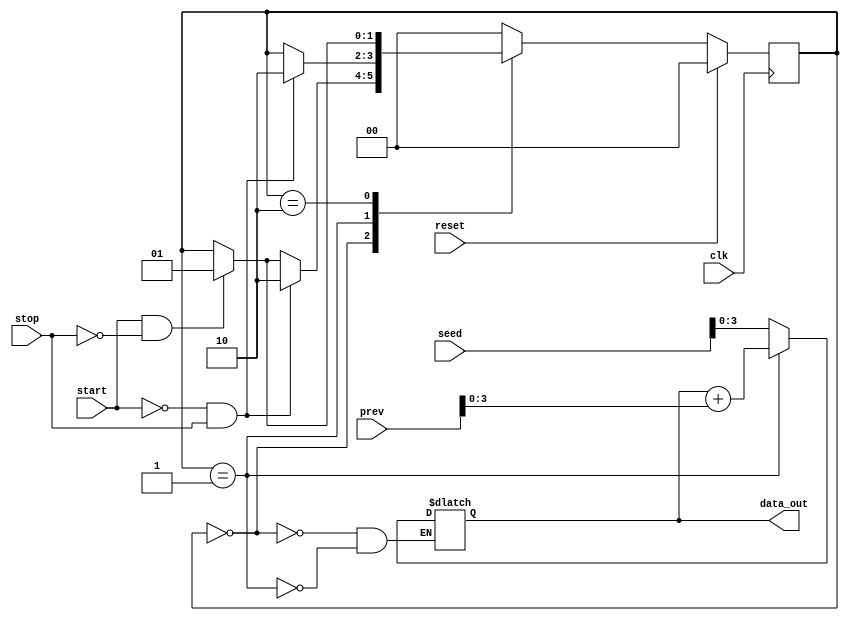
`timescale 1ns / 1ps
//////////////////////////////////////////////////////////////////////////////////
// Company: 
// Engineer: 
// 
// Design Name: 
// Module Name: fsm
// Project Name: 
// Target Devices: 
// Tool Versions: 
// Description: 
// 
// Dependencies: 
// 
// Revision:
// Revision 0.01 - File Created
// Additional Comments:
// 
//////////////////////////////////////////////////////////////////////////////////


module fsm(
    input start,
    input stop,
    input clk,
    input reset,
    input [11:0] seed,
    input [11:0] prev,
    output reg [3:0] data_out
    );
    
    reg [1:0] state, state_next;
    
    localparam IDLE = 2'b00;
    localparam SUM = 2'b01;
    localparam STOP = 2'b10;
    
    always@(posedge clk) begin
        if(reset)
            state <= IDLE;
        else
            state <= state_next;
    end
    
    always@(*) begin
        state_next = state;
        case(state)
            IDLE: begin
                if(start == 0 & stop == 1)
                    state_next = STOP;
                else if(start == 1 & stop == 0)
                    state_next = SUM;
                data_out = seed[3:0];
            end
            SUM: begin
                if(start == 0 & stop == 1)
                    state_next = STOP;
                data_out = data_out + prev[3:0];
            end
            STOP: begin
                if(start == 1 & stop == 0)
                    state_next = SUM;
                data_out = data_out;
            end
            default: state_next <= IDLE;
        endcase
    end
endmodule